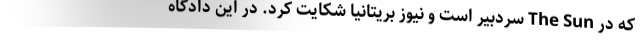
که در The Sun سردبیر است و نیوز بریتانیا شکایت کرد. در این دادگاه